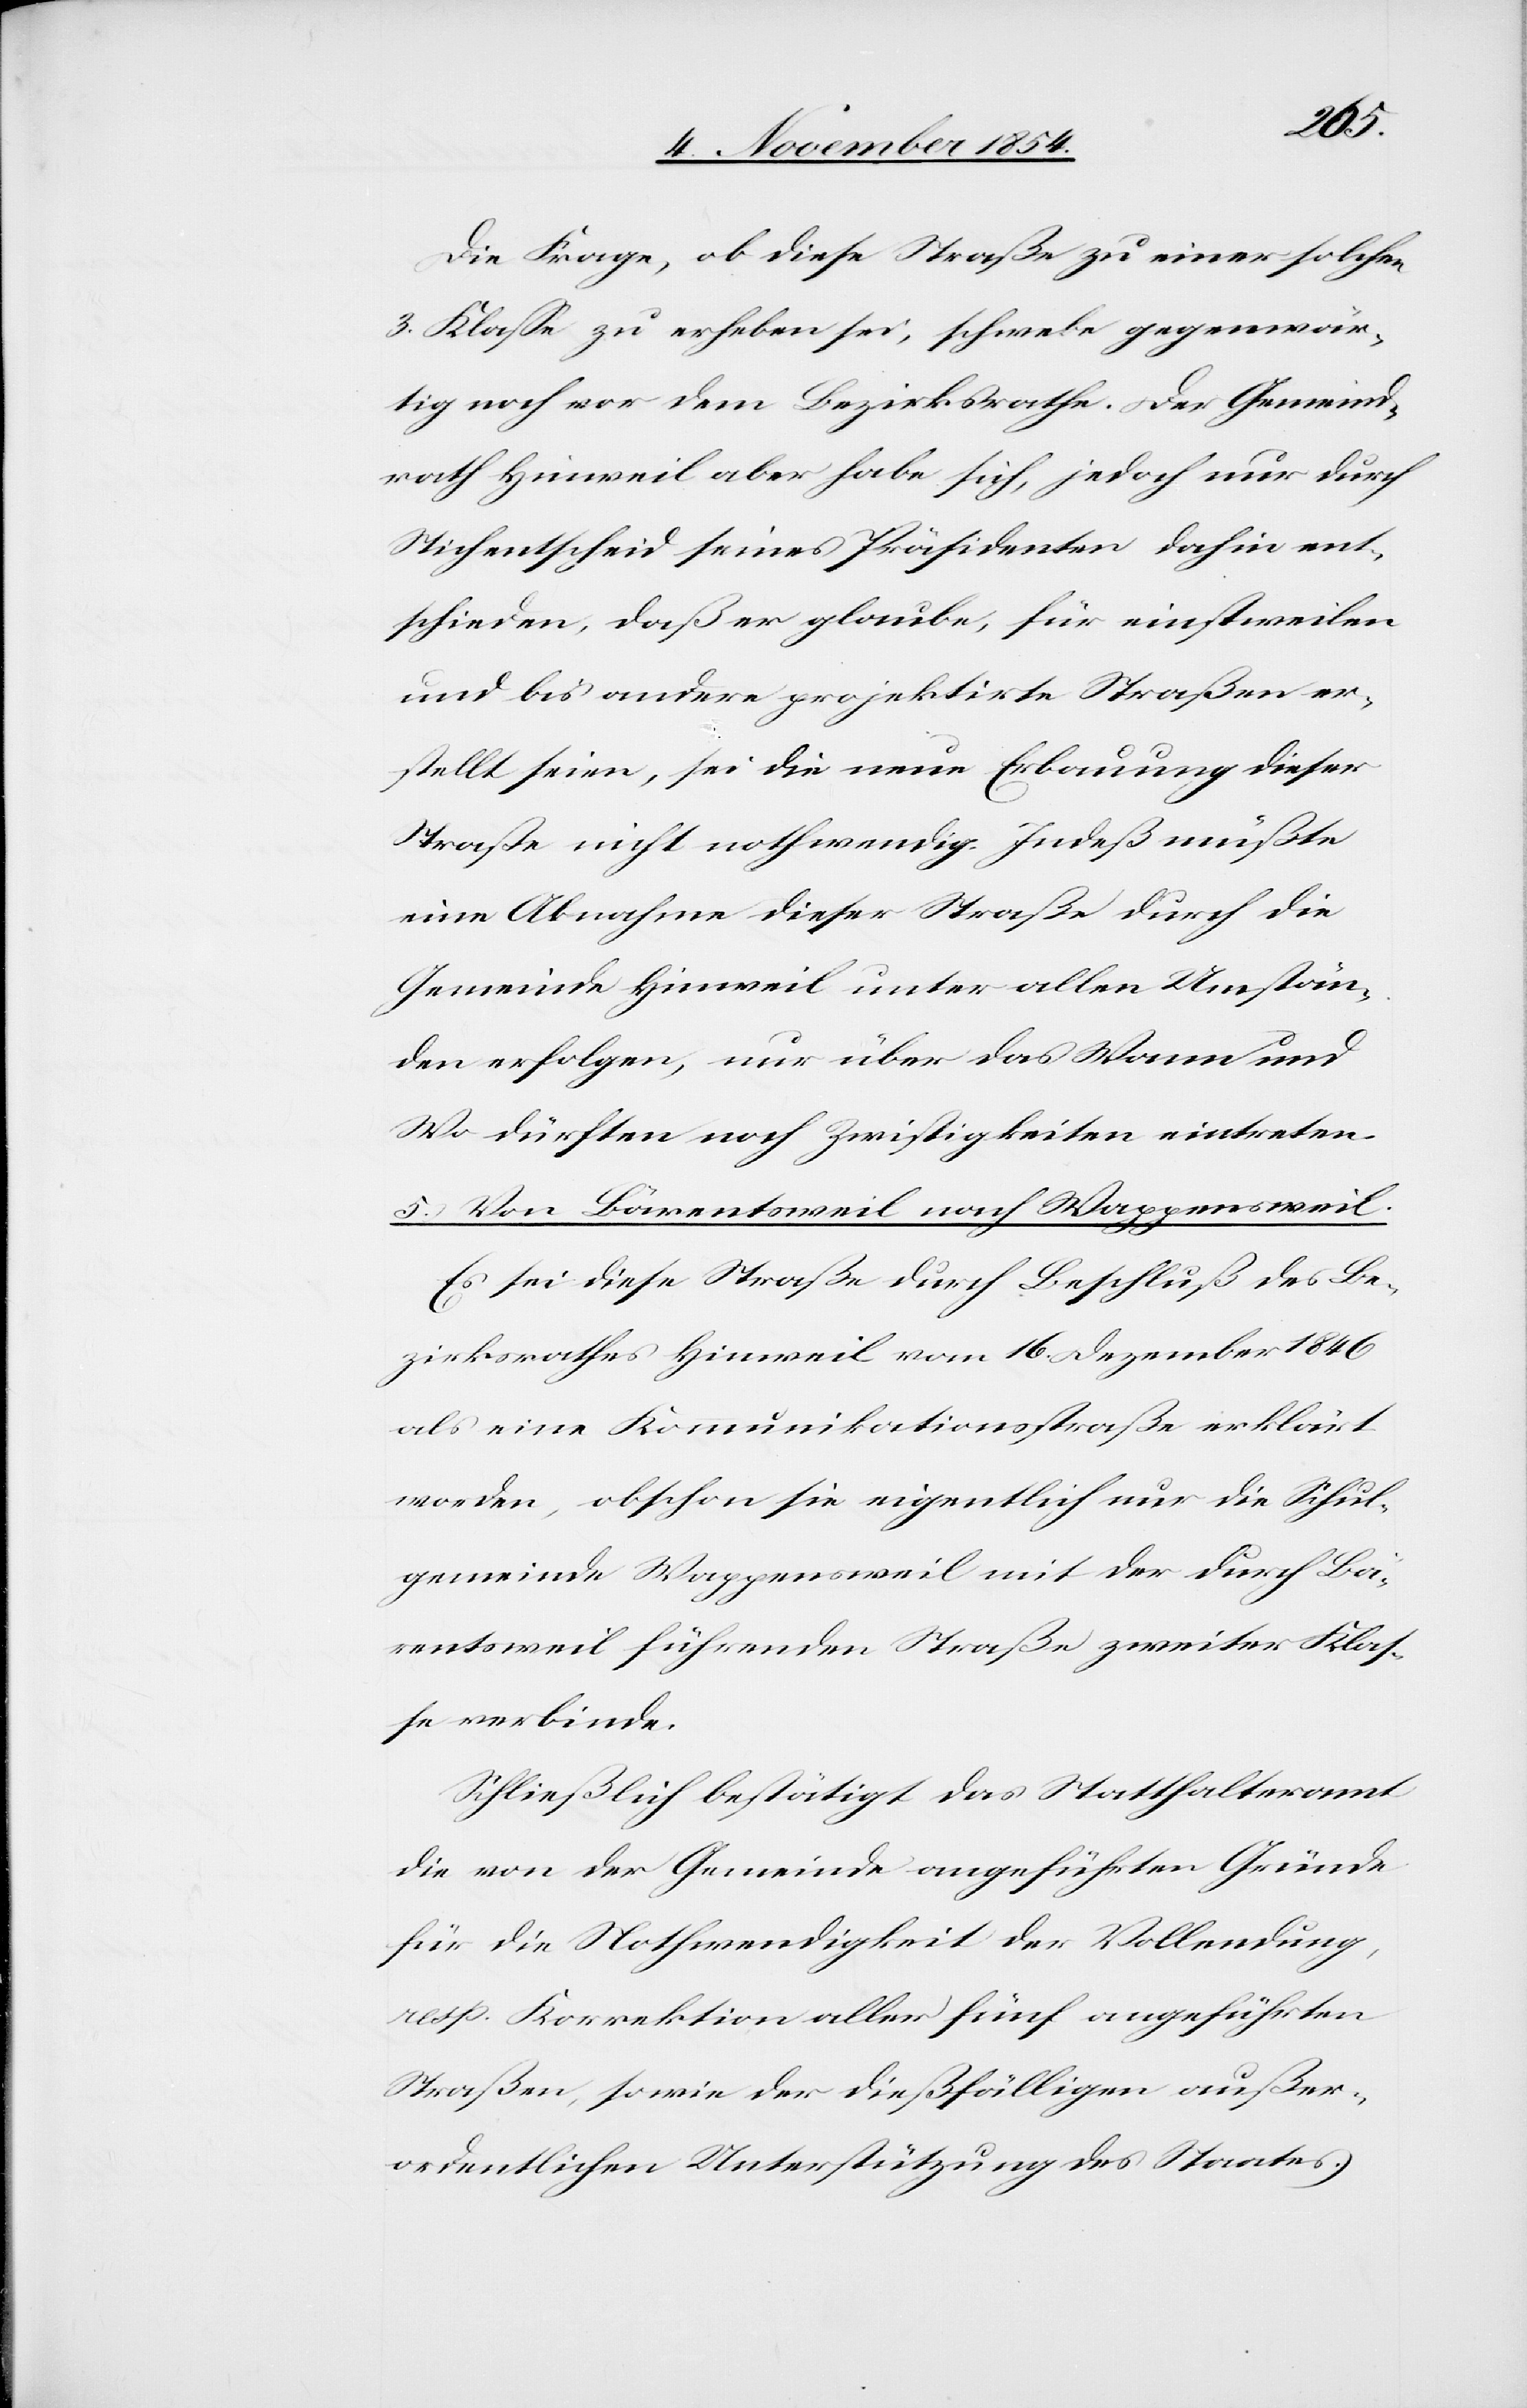
Die Frage, ob diese Straße zu einer solchen
3. Klaße zu erheben sei, schwebe gegenwär¬
tig noch vor dem Bezirksrathe. Der Gemeind¬
rath Hinweil aber habe sich, jedoch nur durch
Stichentscheid seines Präsidenten dahin ent¬
schieden, das er glaube, für einstweilen
und bis andere projektirte Straßen er¬
stellt seien, sei die neue Erbauung dieser
Straße nicht nothwendig. Indeß müßte
eine Abnahme dieser Straße durch die
Gemeinde Hinweil unter allen Umstän¬
den erfolgen, nur über das Wann und
Wo dürften noch Zwistigkeiten eintreten.
5.) Von Bärentsweil nach Wappensweil.
Es sei diese Straße durch Beschluß des Be¬
zirksrathes Hinweil vom 16. Dezember 1846
als eine Kommunikationsstraße erklärt
worden, obschon sie eigentlich nur die Schul¬
gemeinde Wappensweil mit der durch Bä¬
rentsweil führenden Straße zweiter Kla¬
ße verbinde.
Schließlich bestätigt das Statthalteramt
die von der Gemeinde angeführten Gründe
für die Nothwendigkeit der Vollendung,
resp. Korrektion aller fünf angeführten
Straßen, sowie der dießfäligen außer¬
ordentlichen Unterstützung des Staates.